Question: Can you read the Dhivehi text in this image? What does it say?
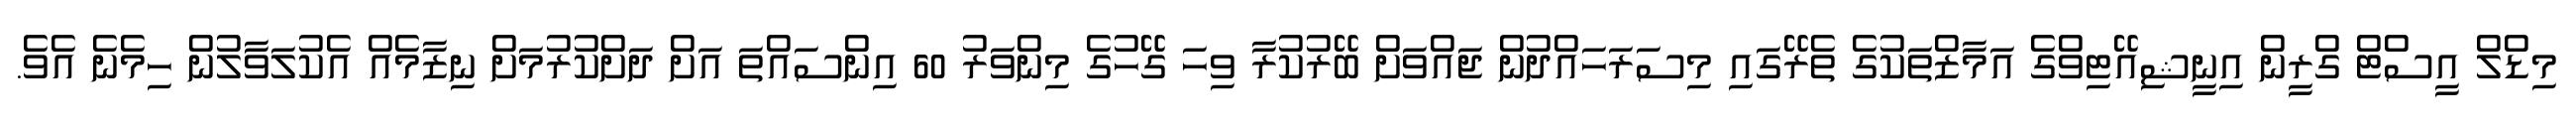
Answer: މިޑްލް އީސްޓް ގްރީން އިނީޝިއޭޓިވްގެ އަމާޒްތަކުގެ ތެރޭގައި މިސަރަހައްދުން ޖައްވަށް ބޭރުކުރާ ވިހަ ގޭހުގެ މިންވަރު 60 އިންސައްތަ އަށް ދަށްކުރުމަށް ނިޒާމެއް އެކުލަވާލުން ހިމެނެ އެވެ.